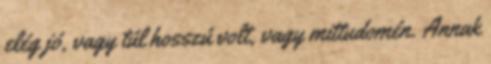
elég jó, vagy túl hosszú volt, vagy mittudomén. Annak